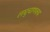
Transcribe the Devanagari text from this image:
लघुचाणक्य